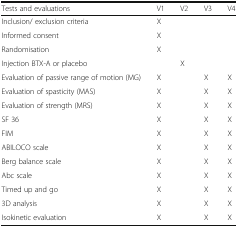
<table><thead><tr><td><b>Tests and evaluations</b></td><td><b>V1</b></td><td><b>V2</b></td><td><b>V3</b></td><td><b>V4</b></td></tr></thead><tbody><tr><td>Inclusion/ exclusion criteria</td><td>X</td><td></td><td></td><td></td></tr><tr><td>Informed consent</td><td>X</td><td></td><td></td><td></td></tr><tr><td>Randomisation</td><td>X</td><td></td><td></td><td></td></tr><tr><td>Injection BTX-A or placebo</td><td></td><td>X</td><td></td><td></td></tr><tr><td>Evaluation of passive range of motion (MG)</td><td>X</td><td></td><td>X</td><td>X</td></tr><tr><td>Evaluation of spasticity (MAS)</td><td>X</td><td></td><td>X</td><td>X</td></tr><tr><td>Evaluation of strength (MRS)</td><td>X</td><td></td><td>X</td><td>X</td></tr><tr><td>SF 36</td><td>X</td><td></td><td>X</td><td>X</td></tr><tr><td>FIM</td><td>X</td><td></td><td>X</td><td>X</td></tr><tr><td>ABILOCO scale</td><td>X</td><td></td><td>X</td><td>X</td></tr><tr><td>Berg balance scale</td><td>X</td><td></td><td>X</td><td>X</td></tr><tr><td>Abc scale</td><td>X</td><td></td><td>X</td><td>X</td></tr><tr><td>Timed up and go</td><td>X</td><td></td><td>X</td><td>X</td></tr><tr><td>3D analysis</td><td>X</td><td></td><td>X</td><td>X</td></tr><tr><td>Isokinetic evaluation</td><td>X</td><td></td><td>X</td><td>X</td></tr></tbody></table>